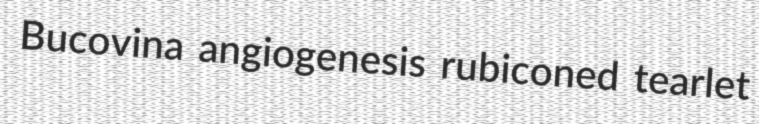
Bucovina angiogenesis rubiconed tearlet